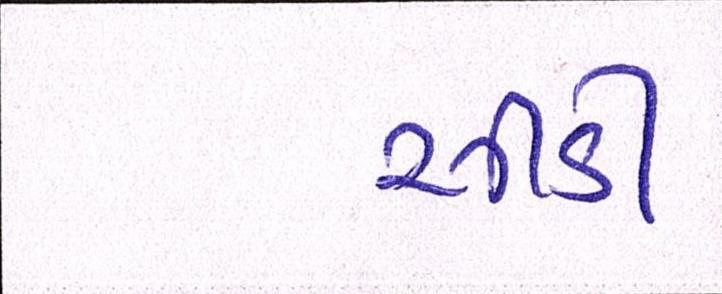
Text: સીડી